Report on the bubonic plague in Bombay, 1896-1897
Year: 1896
Disease focus: Plague
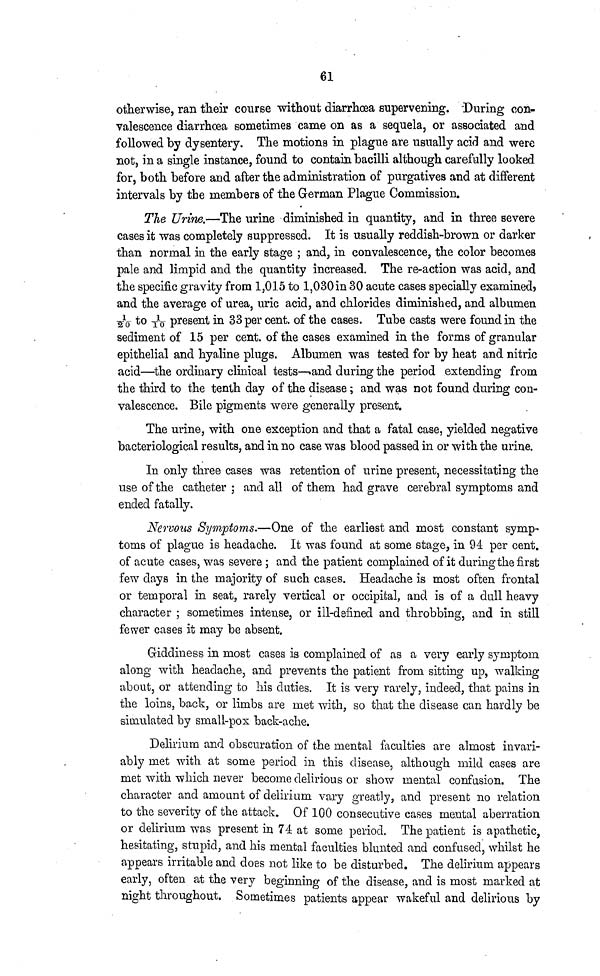
61
otherwise, ran their course without diarrhoea supervening. During con-
valescence diarrhoea sometimes came on as a sequela, or associated and
followed by dysentery. The motions in plague are usually acid and were
not, in a single instance, found to contain bacilli although carefully looked,
for, both before and after the administration of purgatives and at different
intervals by the members of the German Plague Commission.
The Urine.—The urine diminished in quantity, and in three severe
cases it was completely suppressed. It is usually reddish-brown or darker
than normal in the early stage ; and, in convalescence, the color becomes
pale and limpid and the quantity increased. The re-action was acid, and
the specific gravity from 1,015 to 1,030 in 30 acute cases specially examined,
and the average of urea, uric acid, and chlorides diminished, and albumen
1\20 to 1\10 present in 33 per cent. of the cases. Tube casts were found in the
sediment of 15 per cent. of the cases examined in the forms of granular
epithelial and hyaline plugs. Albumen was tested for by heat and nitric
acid—the ordinary clinical tests—and during the period extending from
the third to the tenth day of the disease ; and was not found during con-
valescence. Bile pigments were generally present.
The urine, with one exception and that a fatal case, yielded negative
bacteriological results, and in no case was blood passed in or with the urine.
In only three cases was retention of urine present, necessitating the
use of the catheter ; and all of them had grave cerebral symptoms and
ended fatally.
Nervous Symptoms.—One of the earliest and most constant symp-
toms of plague is headache. It was found at some stage, in 94 per cent.
of acute cases, was severe ; and the patient complained of it during the first
few days in the majority of such cases. Headache is most often frontal
or temporal in seat, rarely vertical or occipital, and is of a dull heavy
character ; sometimes intense, or ill-defined and throbbing, and in still
fewer cases it may be absent.
Giddiness in most cases is complained of as a very early symptom
along with headache, and prevents the patient from sitting up, walking
about, or attending to his duties. It is very rarely, indeed, that pains in
the loins, back, or limbs are met with, so that the disease can hardly be
simulated by small-pox back-ache.
Delirium and obscuration of the mental faculties are almost invari-
ably met with at some period in this disease, although mild cases are
met with which never become delirious or show mental confusion. The
character and amount of delirium vary greatly, and present no relation
to the severity of the attack. Of 100 consecutive cases mental aberration
or delirium was present in 74 at some period. The patient is apathetic,
hesitating, stupid, and his mental faculties blunted and confused, whilst he
appears irritable and does not like to be disturbed. The delirium appears
early, often at the very beginning of the disease, and is most marked at
night throughout. Sometimes patients appear wakeful and delirious by